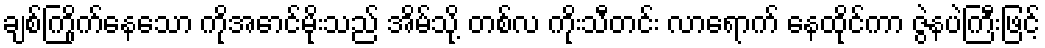
ချစ်ကြိုက်နေသော ကိုအောင်မိုးသည် အိမ်သို့ တစ်လ ကိုးသီတင်း လာရောက် နေထိုင်ကာ ဇွဲနပဲကြီးဖြင့်